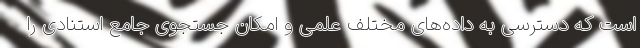
است که دسترسی به داده‌های مختلف علمی و امکان جستجوی جامع استنادی را